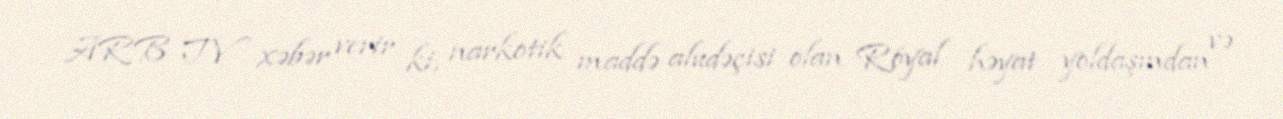
ARB TV xəbər verir ki, narkotik maddə aludəçisi olan Röyal həyat yoldaşından və